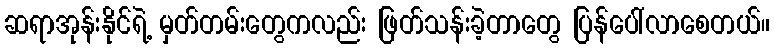
ဆရာအုန်းနိုင်ရဲ့ မှတ်တမ်းတွေကလည်း ဖြတ်သန်းခဲ့တာတွေ ပြန်ပေါ်လာစေတယ်။